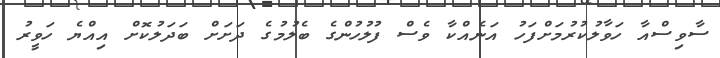
ސާވިސްއާ ހަވާލުކުރުމަށްފަހު އަނެއްކާ ވެސް ފުލުހުންގެ ބެލުމުގެ ދަށަށް ބަދަލުކޮށް އިއްޔެ ހަވީރު